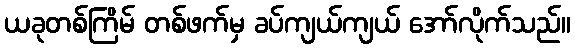
ယခုတစ်ကြိမ် တစ်ဖက်မှ ခပ်ကျယ်ကျယ် အော်လိုက်သည်။